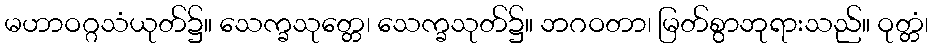
မဟာဝဂ္ဂသံယုတ်၌။ သေက္ခသုတ္တေ၊ သေက္ခသုတ်၌။ ဘဂဝတာ၊ မြတ်စွာဘုရားသည်။ ဝုတ္တံ၊